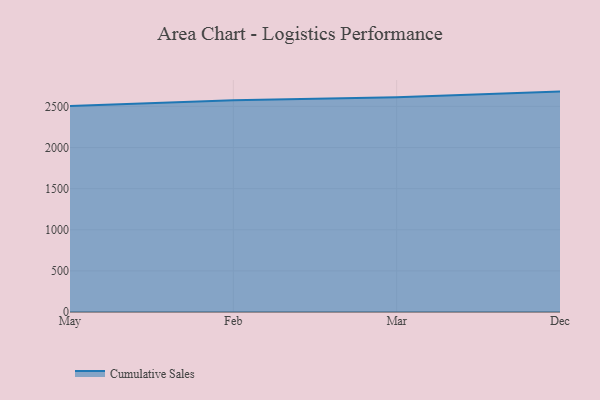
{"axis": {"x": "Month", "y": "Churn Rate (%)"}, "legend": ["Cumulative Sales"], "data": [{"x": "May", "y": 2503.8, "type": "Cumulative Sales"}, {"x": "Feb", "y": 2574.4, "type": "Cumulative Sales"}, {"x": "Mar", "y": 2612.6, "type": "Cumulative Sales"}, {"x": "Dec", "y": 2680.2, "type": "Cumulative Sales"}]}